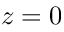
z = 0